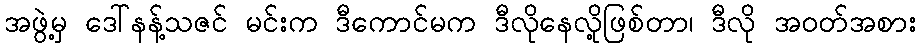
အဖွဲ့မှ ဒေါ်နန့်သဇင် မင်းက ဒီကောင်မက ဒီလိုနေလို့ဖြစ်တာ၊ ဒီလို အဝတ်အစား